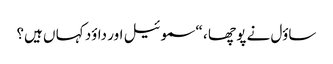
ساؤل نے پو چھا ، “سموئیل اور داؤد کہا ں ہیں؟